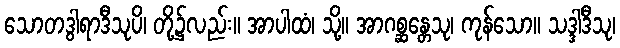
သောတဒွါရာဒီသုပိ၊ တို့၌လည်း။ အာပါထံ၊ သို့။ အာဂစ္ဆန္တေသု၊ ကုန်သော။ သဒ္ဒါဒီသု၊